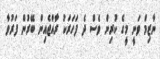
ނާޒިމް ވަނީ މީގެ ކުރިން ވެސް ދެ ފަހަރަކު ރާއްޖެއިން ބޭރުން ފަރުވާ